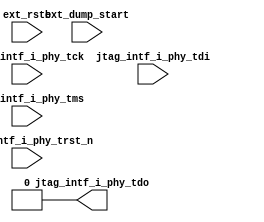
module butterphy_top (
    input wire jtag_intf_i_phy_tck,
    input wire jtag_intf_i_phy_tdi,
    input wire jtag_intf_i_phy_tms,
    input wire jtag_intf_i_phy_trst_n,
    input wire ext_rstb,
    input wire ext_dump_start,
    output wire jtag_intf_i_phy_tdo
);
    wire unused = jtag_intf_i_phy_tck |
        jtag_intf_i_phy_tdi |
        jtag_intf_i_phy_tms |
        jtag_intf_i_phy_trst_n |
        ext_rstb |
        ext_dump_start;

    assign jtag_intf_i_phy_tdo = 1'b0;
endmodule